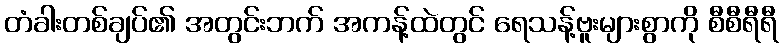
တံခါးတစ်ချပ်၏ အတွင်းဘက် အကန့်ထဲတွင် ရေသန့်ဗူးများစွာကို စီစီရီရီ